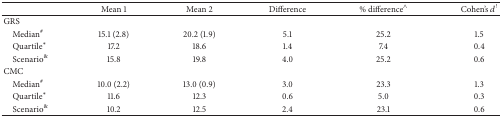
<table><thead><tr><td><b> </b></td><td><b>Mean 1</b></td><td><b>Mean 2</b></td><td><b>Difference</b></td><td><b>% difference<sup>∧</sup></b></td><td><b>Cohen&#x27;s <i>d</i><sup>!</sup></b></td></tr></thead><tbody><tr><td>GRS</td><td> </td><td> </td><td> </td><td> </td><td> </td></tr><tr><td> Median<sup>#</sup></td><td>15.1 (2.8)</td><td>20.2 (1.9)</td><td>5.1</td><td>25.2</td><td>1.5</td></tr><tr><td> Quartile<sup><i>∗</i></sup></td><td>17.2</td><td>18.6</td><td>1.4</td><td>7.4</td><td>0.4</td></tr><tr><td> Scenario<sup>&amp;</sup></td><td>15.8</td><td>19.8</td><td>4.0</td><td>25.2</td><td>0.6</td></tr><tr><td>CMC</td><td> </td><td> </td><td> </td><td> </td><td> </td></tr><tr><td> Median<sup>#</sup></td><td>10.0 (2.2)</td><td>13.0 (0.9)</td><td>3.0</td><td>23.3</td><td>1.3</td></tr><tr><td> Quartile<sup><i>∗</i></sup></td><td>11.6</td><td>12.3</td><td>0.6</td><td>5.0</td><td>0.3</td></tr><tr><td> Scenario<sup>&amp;</sup></td><td>10.2</td><td>12.5</td><td>2.4</td><td>23.1</td><td>0.6</td></tr></tbody></table>